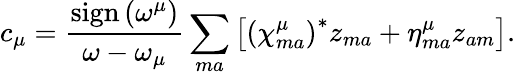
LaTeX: c_{\mu}=\frac{\mathrm{sign}\left(\omega^{\mu}\right)}{\omega-\omega_{\mu}}\sum_{ma}\left[\left(\chi_{ma}^{\mu}\right)^{*}z_{ma}+\eta_{ma}^{\mu}z_{am}\right].